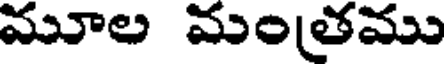
మూల మంతము